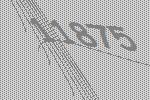
11875